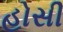
હોસી